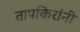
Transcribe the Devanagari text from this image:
तापकिरांनी